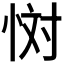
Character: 𢙪